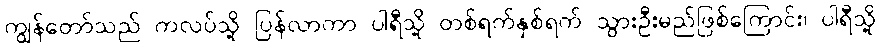
ကျွန်တော်သည် ကလပ်သို့ ပြန်လာကာ ပါရီသို့ တစ်ရက်နှစ်ရက် သွားဦးမည်ဖြစ်ကြောင်း၊ ပါရီသို့